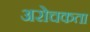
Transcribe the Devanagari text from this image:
अरोचकता